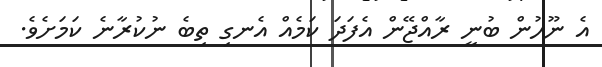
އެ ނޫހުން ބުނީ ރާއްޖޭން އެފަދަ ކަމެއް އެނގި ތިބެ ނުކުރާނެ ކަމަށެވެ.